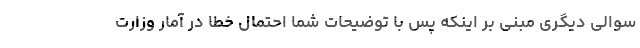
سوالی دیگری مبنی بر اینکه پس با توضیحات شما احتمال خطا در آمار وزارت